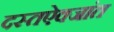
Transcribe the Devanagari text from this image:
दस्तऐवजांत